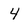
Character: 4